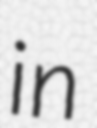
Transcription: in